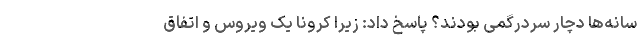
سانه‌ها دچار سردرگمی بودند؟ پاسخ داد: زیرا کرونا یک ویروس و اتفاق